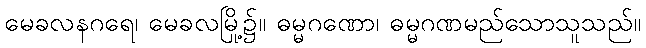
မေခလနဂရေ၊ မေခလမြို့၌။ ဓမ္မဂဏော၊ ဓမ္မဂဏမည်သောသူသည်။